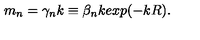
m _ { n } = \gamma _ { n } k \equiv \beta _ { n } k e x p ( - k R ) .